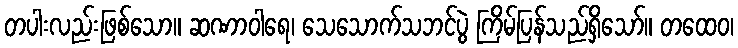
တပါးလည်းဖြစ်သော။ ဆဏာဝါရေ၊ သေသောက်သဘင်ပွဲ ကြိမ်ပြန်သည်ရှိသော်။ တထေဝ၊